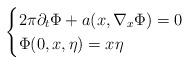
LaTeX: \begin{align*}\begin{cases}2\pi \partial_t\Phi+a (x,\nabla_x\Phi)=0\\\Phi(0,x,\eta)=x \eta\end{cases}\end{align*}